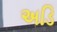
અડિ